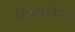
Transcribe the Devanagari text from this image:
सुल्तानिना